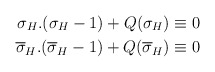
\begin{align*}\sigma _H.(\sigma_H-1)+Q(\sigma _H)&\equiv 0 \\ \overline{\sigma}_H.(\overline{\sigma}_H-1)+Q(\overline{\sigma}_H)&\equiv 0\end{align*}